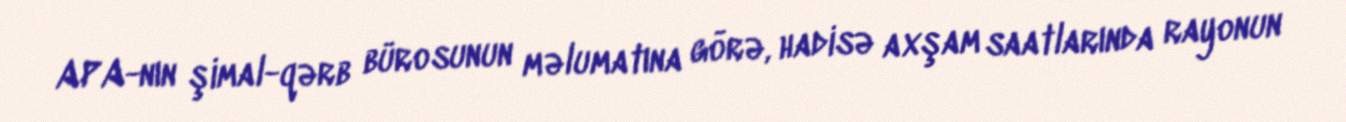
APA-nın şimal-qərb bürosunun məlumatına görə, hadisə axşam saatlarında rayonun